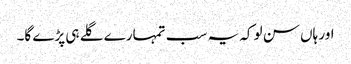
اور ہاں سن لو کہ یہ سب تمہارے گلے ہی پڑے گا۔